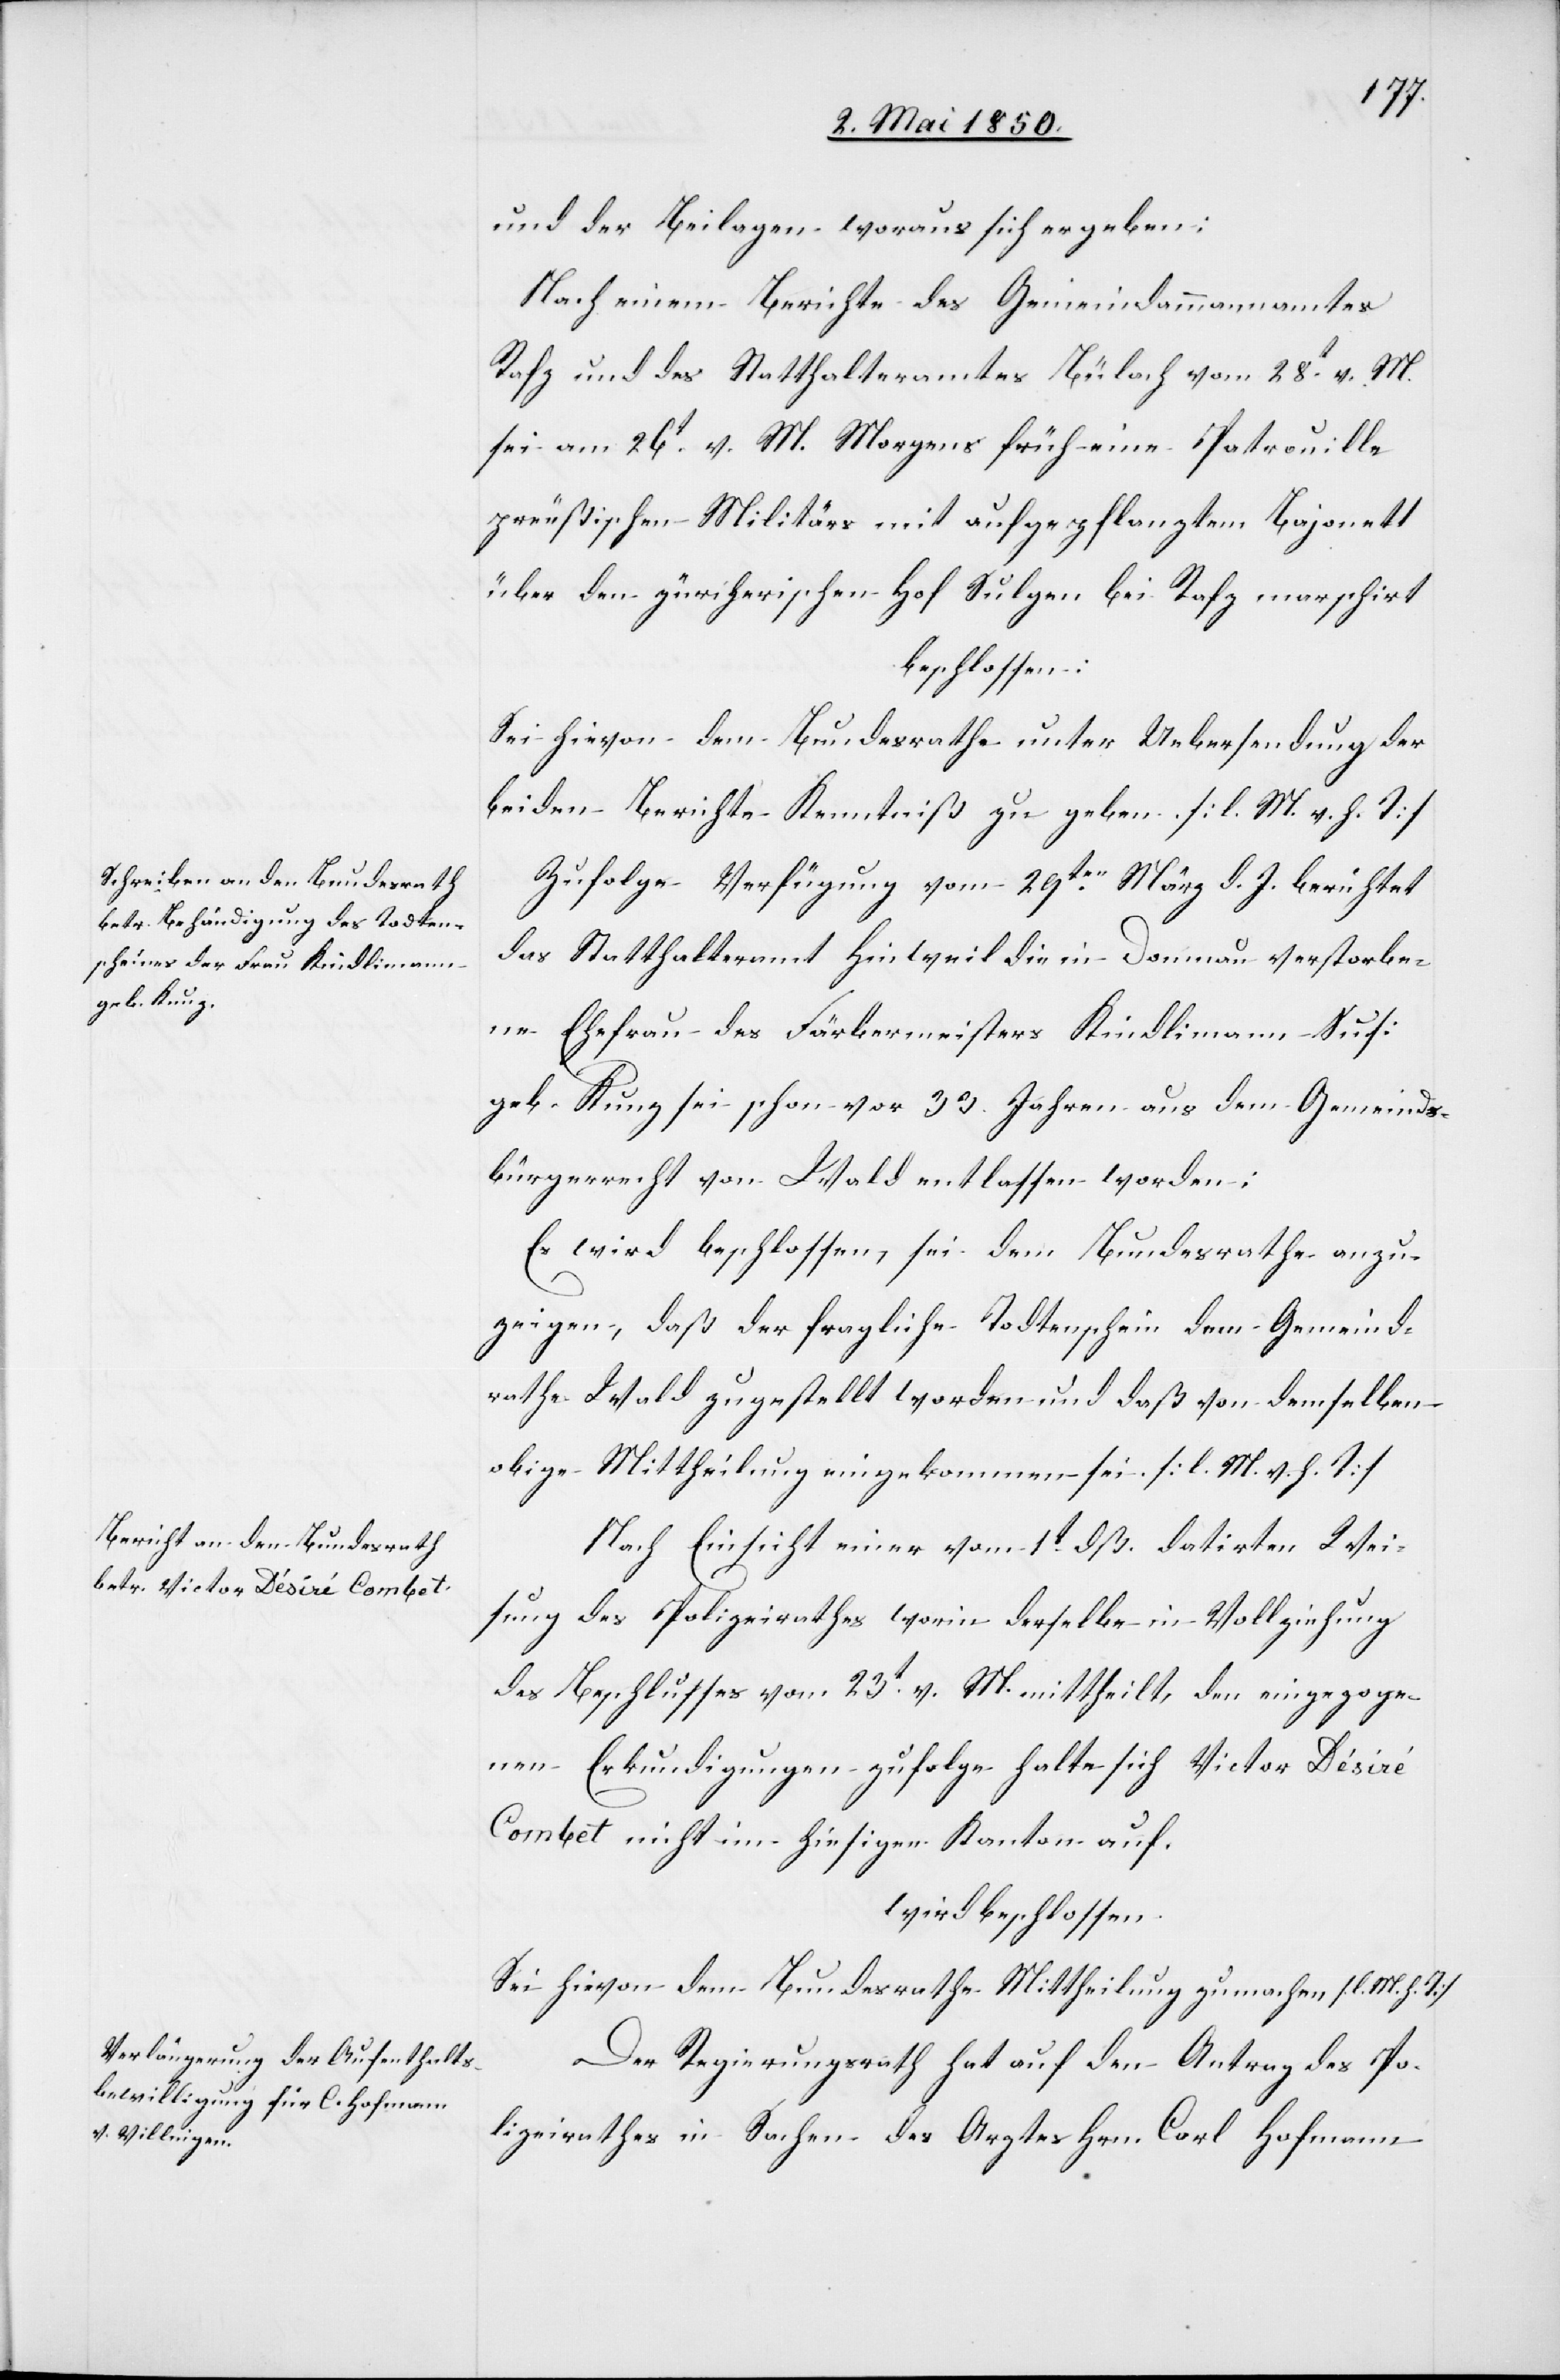
und der Beilagen woraus sich ergeben:
Nach einem Berichte des Gemeindammannamtes
Rafz und des Statthalteramtes Bülach vom 28t v. M.
sei am 26t v. M. Morgens früh eine Patrouille
preußischen Militärs mit aufgepflanztem Bajonett
über den zürcherischen Hof Sulgen bei Rafz marschirt
beschlossen:
Sei hievon dem Bundesrathe unter Uebersendung der
beiden Berichte Kenntniß zu geben. [l. M. v. h. T]
Zufolge Verfügung vom 29ten März d. J. berichtet
das Statthalteramt Hinweil die in Domnau verstorbe¬
ne Ehefrau des Färbermeisters Kindlimann Sus:
geb. Kunz sei schon vor 33. Jahren aus dem Gemeinds¬
bürgerrecht von Wald entlassen worden;
Es wird beschlossen, sei dem Bundesrathe anzu¬
zeigen, daß der fragliche Todtenschein dem Gemeind¬
rathe Wald zugestellt worden und daß von demselben
obige Mittheilung eingekommen sei [l. M. v. h. T]
Nach Einsicht einer vom 1t dß. datirten Wei¬
sung des Polizeirathes worin derselbe in Vollziehung
des Beschlusses vom 23t v. M. mittheilt, den eingezoge¬
nen Erkundigungen zufolge halte sich Victor Désiré
Combet nicht im hiesigen Kanton auf.
wird beschlossen:
Sei hievon dem Bundesrathe Mittheilung zu machen [l. M. h. T]
Der Regierungsrath hat auf den Antrag des Po¬
lizeirathes in Sachen des Arztes Hrn. Carl Hofmann